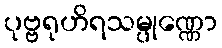
ပုဗ္ဗရုဟိရသမ္ပုဏ္ဏော